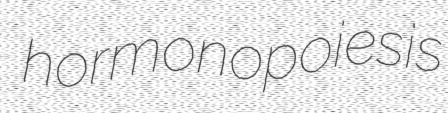
hormonopoiesis